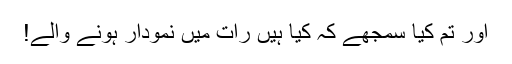
اور تم کیا سمجھے کہ کیا ہیں رات میں نمودار ہونے والے!